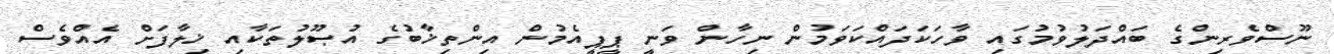
ނޫސްވެރިންގެ ބައްދަލުވުމުގައި ވާހަކަދައްކަވަމުން ނިހާން ވަނީ ޕީޕީއެމުން އިންތިޚާބުގެ އުޞޫލުތަކާއި ޚިލާފަށް އެއްވެސް